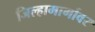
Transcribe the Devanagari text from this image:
जिल्हामार्गावर